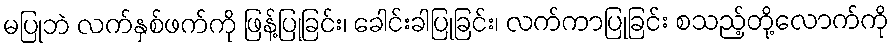
မပြုဘဲ လက်နှစ်ဖက်ကို ဖြန့်ပြုခြင်း၊ ခေါင်းခါပြုခြင်း၊ လက်ကာပြုခြင်း စသည့်တို့လောက်ကို